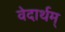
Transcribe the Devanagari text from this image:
वेदार्थम्